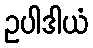
ဥပါဒါယံ